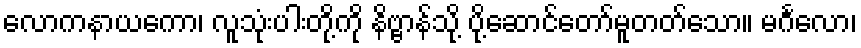
လောကနာယကော၊ လူသုံးပါးတို့ကို နိဗ္ဗာန်သို့ ပို့ဆောင်တော်မူတတ်သော။ မင်္ဂလော၊